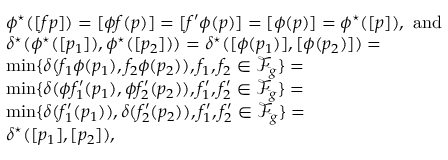
\begin{array} { r l } & { \phi ^ { \star } ( [ f p ] ) = [ \phi f ( p ) ] = [ f ^ { \prime } \phi ( p ) ] = [ \phi ( p ) ] = \phi ^ { \star } ( [ p ] ) , \mathrm { ~ a n d } } \\ & { \delta ^ { \star } ( \phi ^ { \star } ( [ p _ { 1 } ] ) , \phi ^ { \star } ( [ p _ { 2 } ] ) ) = \delta ^ { \star } ( [ \phi ( p _ { 1 } ) ] , [ \phi ( p _ { 2 } ) ] ) = } \\ & { \operatorname* { m i n } \{ \delta ( f _ { 1 } \phi ( p _ { 1 } ) , f _ { 2 } \phi ( p _ { 2 } ) ) , f _ { 1 } , f _ { 2 } \in \mathscr { F } _ { g } \} = } \\ & { \operatorname* { m i n } \{ \delta ( \phi f _ { 1 } ^ { \prime } ( p _ { 1 } ) , \phi f _ { 2 } ^ { \prime } ( p _ { 2 } ) ) , f _ { 1 } ^ { \prime } , f _ { 2 } ^ { \prime } \in \mathscr { F } _ { g } \} = } \\ & { \operatorname* { m i n } \{ \delta ( f _ { 1 } ^ { \prime } ( p _ { 1 } ) ) , \delta ( f _ { 2 } ^ { \prime } ( p _ { 2 } ) ) , f _ { 1 } ^ { \prime } , f _ { 2 } ^ { \prime } \in \mathscr { F } _ { g } \} = } \\ & { \delta ^ { \star } ( [ p _ { 1 } ] , [ p _ { 2 } ] ) , } \end{array}